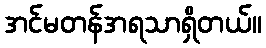
အင်မတန်အရသာရှိတယ်။